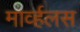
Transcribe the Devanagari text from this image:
मार्व्हलस